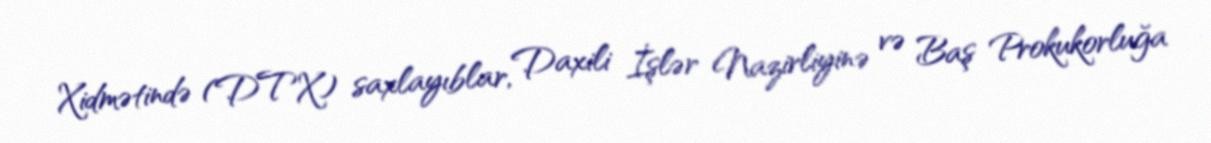
Xidmətində (DTX) saxlayıblar, Daxili İşlər Nazirliyinə və Baş Prokukorluğa